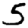
Digit: 5